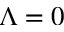
\Lambda = 0